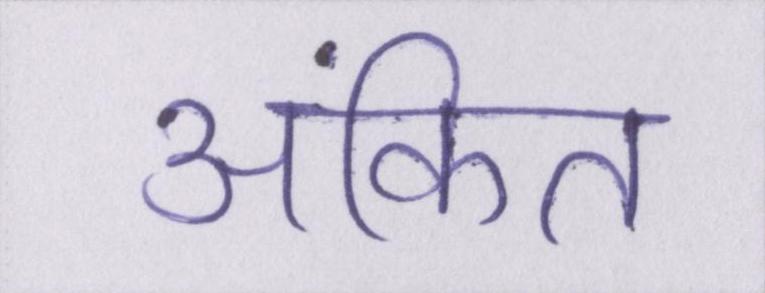
अंकित